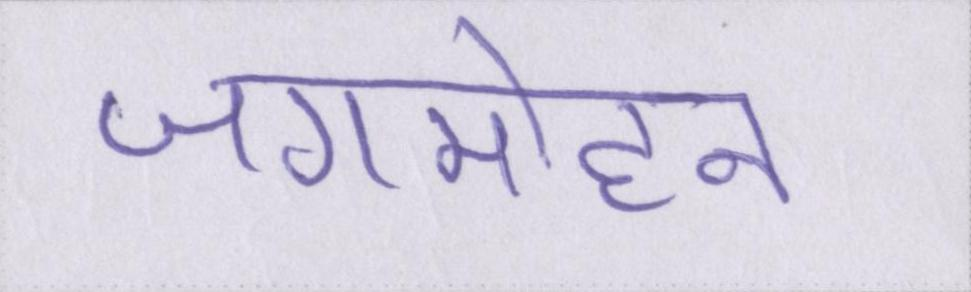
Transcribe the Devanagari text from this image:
जगमोहन